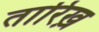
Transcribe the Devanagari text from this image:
तारिख़